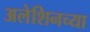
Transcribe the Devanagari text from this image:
अलेशिनच्या